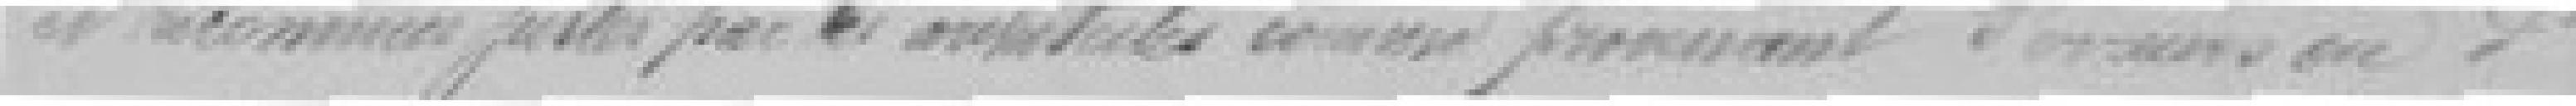
et reconnues justes par les architectes comme provenant d'erreurs ou d'